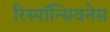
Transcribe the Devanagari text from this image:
रिस्पॉन्सिवनेस